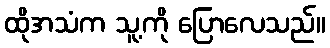
ထိုအသံက သူ့ကို ပြောလေသည်။